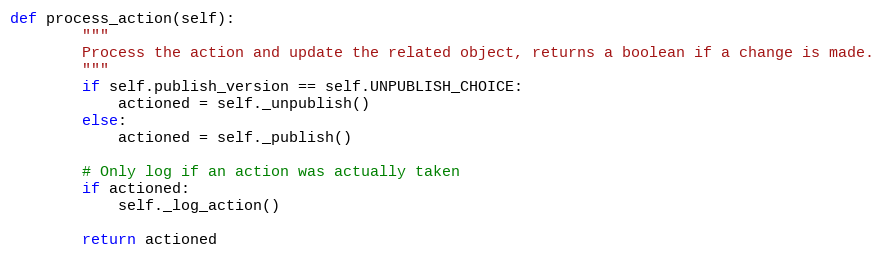
Language: Python
def process_action(self):
        """
        Process the action and update the related object, returns a boolean if a change is made.
        """
        if self.publish_version == self.UNPUBLISH_CHOICE:
            actioned = self._unpublish()
        else:
            actioned = self._publish()

        # Only log if an action was actually taken
        if actioned:
            self._log_action()

        return actioned